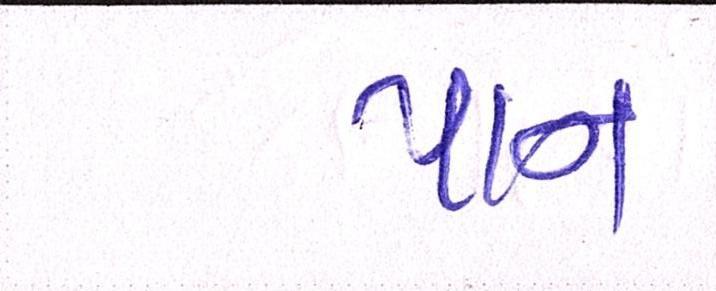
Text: પાન